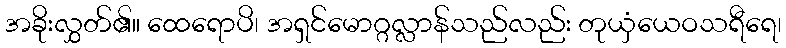
အခိုးလွှတ်၏။ ထေရောပိ၊ အရှင်မောဂ္ဂလ္လာန်သည်လည်း တုယှံယေဝသရီရေ၊